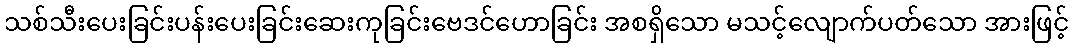
သစ်သီးပေးခြင်းပန်းပေးခြင်းဆေးကုခြင်းဗေဒင်ဟောခြင်း အစရှိသော မသင့်လျောက်ပတ်သော အားဖြင့်